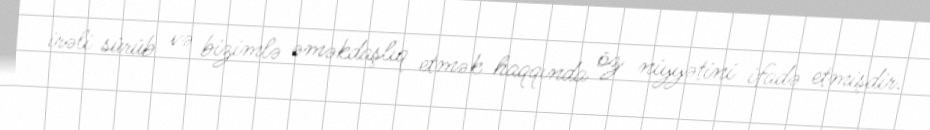
irəli sürüb və bizimlə əməkdaşlıq etmək haqqında öz niyyətini ifadə etmişdir.